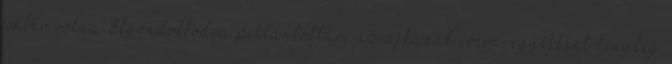
ember volna Elgondolkodva pillantottam az ajkának ívére, egyébként tényleg